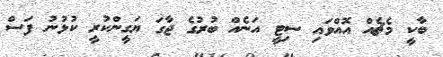
ބާކީ މެޗެއް އޮއްވައި ސިޓީ އަނެއް ބުރުގެ ޖާގަ ޔަގީންކުރީ ކުޅުނު ފަސް